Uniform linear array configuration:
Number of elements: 8
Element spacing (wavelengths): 1
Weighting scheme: uniform
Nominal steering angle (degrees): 60
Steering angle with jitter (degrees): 60.996
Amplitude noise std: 0.05
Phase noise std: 0.05

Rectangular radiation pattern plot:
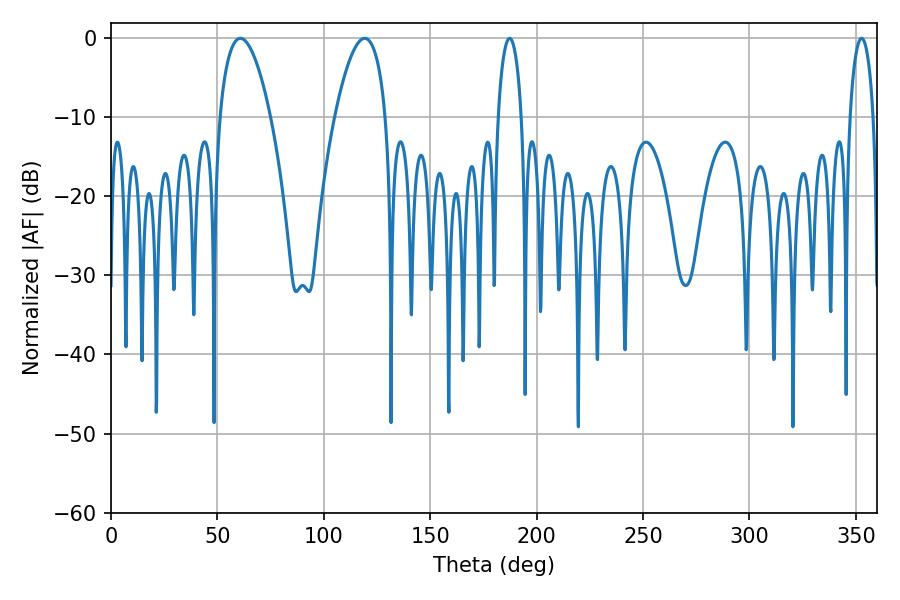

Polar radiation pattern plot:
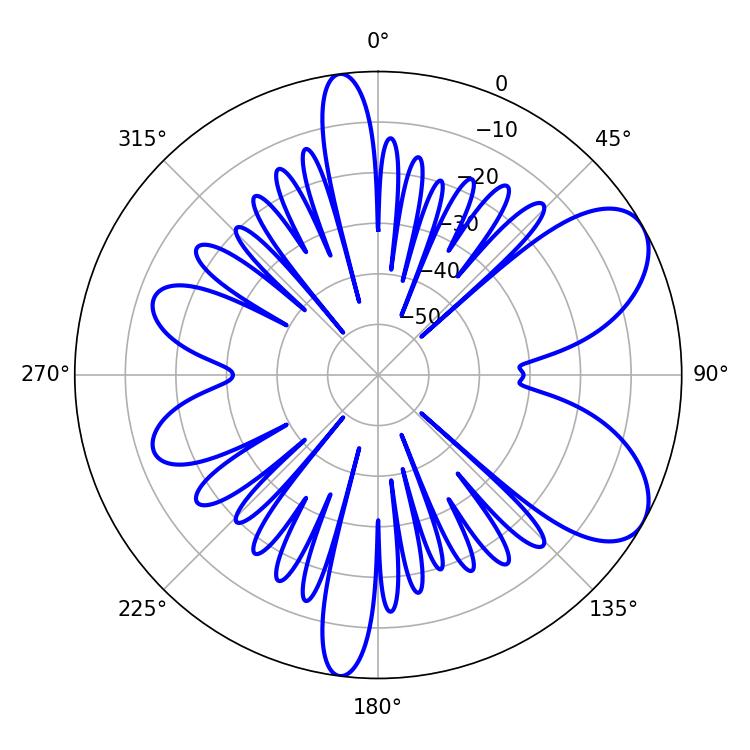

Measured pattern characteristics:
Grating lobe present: TRUE
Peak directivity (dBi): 7.167
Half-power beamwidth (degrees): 13.32
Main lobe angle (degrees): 119.16